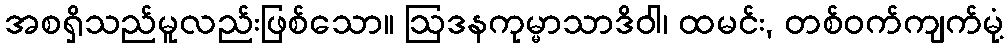
အစရှိသည်မူလည်းဖြစ်သော။ ဩဒနကုမ္မာသာဒိဝါ၊ ထမင်း, တစ်ဝက်ကျက်မုံ့